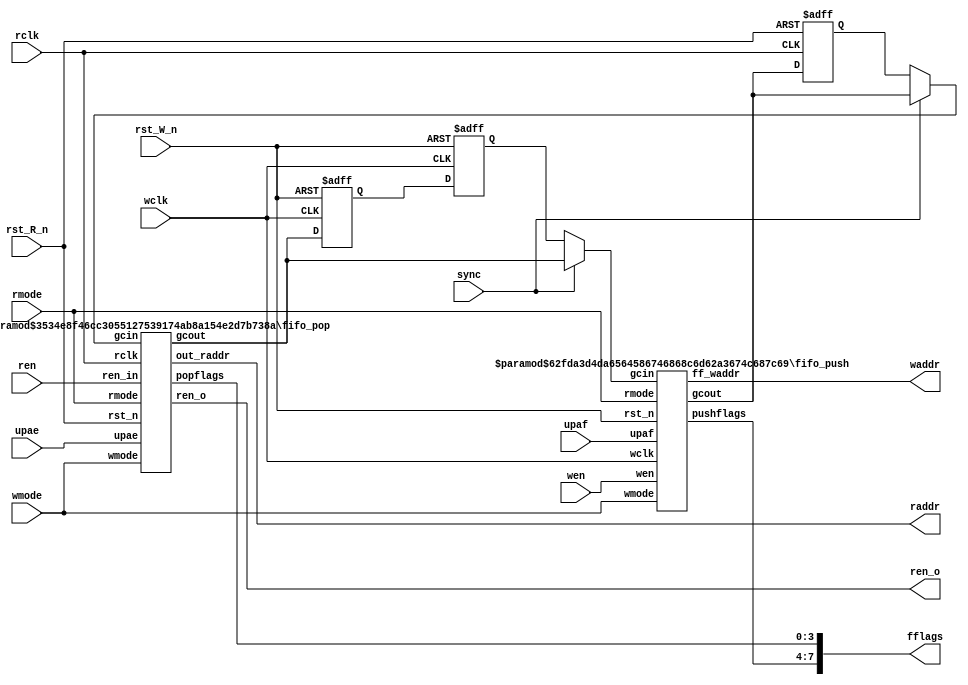
// Copyright 2020-2022 F4PGA Authors
//
// Licensed under the Apache License, Version 2.0 (the "License");
// you may not use this file except in compliance with the License.
// You may obtain a copy of the License at
//
//     http://www.apache.org/licenses/LICENSE-2.0
//
// Unless required by applicable law or agreed to in writing, software
// distributed under the License is distributed on an "AS IS" BASIS,
// WITHOUT WARRANTIES OR CONDITIONS OF ANY KIND, either express or implied.
// See the License for the specific language governing permissions and
// limitations under the License.
//
// SPDX-License-Identifier: Apache-2.0

`default_nettype wire
module fifo_ctl (
	raddr,
	waddr,
	fflags,
	ren_o,
	sync,
	rmode,
	wmode,
	rclk,
	rst_R_n,
	wclk,
	rst_W_n,
	ren,
	wen,
	upaf,
	upae
);
	parameter ADDR_WIDTH = 11;
	parameter FIFO_WIDTH = 3'd2;
	parameter DEPTH = 6;
	output wire [ADDR_WIDTH - 1:0] raddr;
	output wire [ADDR_WIDTH - 1:0] waddr;
	output wire [7:0] fflags;
	output wire ren_o;
	input wire sync;
	input wire [1:0] rmode;
	input wire [1:0] wmode;
	(* clkbuf_sink *)
	input wire rclk;
	input wire rst_R_n;
	(* clkbuf_sink *)
	input wire wclk;
	input wire rst_W_n;
	input wire ren;
	input wire wen;
	input wire [ADDR_WIDTH - 1:0] upaf;
	input wire [ADDR_WIDTH - 1:0] upae;
	localparam ADDR_PLUS_ONE = ADDR_WIDTH + 1;
	reg [ADDR_WIDTH:0] pushtopop1;
	reg [ADDR_WIDTH:0] pushtopop2;
	reg [ADDR_WIDTH:0] poptopush1;
	reg [ADDR_WIDTH:0] poptopush2;
	wire [ADDR_WIDTH:0] pushtopop0;
	wire [ADDR_WIDTH:0] poptopush0;
	wire [ADDR_WIDTH:0] smux_poptopush;
	wire [ADDR_WIDTH:0] smux_pushtopop;
	assign smux_poptopush = (sync ? poptopush0 : poptopush2);
	assign smux_pushtopop = (sync ? pushtopop0 : pushtopop2);
	always @(posedge rclk or negedge rst_R_n)
		if (~rst_R_n) begin
			pushtopop1 <= 'h0;
			pushtopop2 <= 'h0;
		end
		else begin
			pushtopop1 = pushtopop0;
			pushtopop2 = pushtopop1;
		end
	always @(posedge wclk or negedge rst_W_n)
		if (~rst_W_n) begin
			poptopush1 <= 'h0;
			poptopush2 <= 'h0;
		end
		else begin
			poptopush1 <= poptopush0;
			poptopush2 <= poptopush1;
		end
	fifo_push #(
		.ADDR_WIDTH(ADDR_WIDTH),
		.DEPTH(DEPTH)
	) u_fifo_push(
		.wclk(wclk),
		.wen(wen),
		.rst_n(rst_W_n),
		.rmode(rmode),
		.wmode(wmode),
		.gcout(pushtopop0),
		.gcin(smux_poptopush),
		.ff_waddr(waddr),
		.pushflags(fflags[7:4]),
		.upaf(upaf)
	);
	fifo_pop #(
		.ADDR_WIDTH(ADDR_WIDTH),
		.FIFO_WIDTH(FIFO_WIDTH),
		.DEPTH(DEPTH)
	) u_fifo_pop(
		.rclk(rclk),
		.ren_in(ren),
		.rst_n(rst_R_n),
		.rmode(rmode),
		.wmode(wmode),
		.ren_o(ren_o),
		.gcout(poptopush0),
		.gcin(smux_pushtopop),
		.out_raddr(raddr),
		.popflags(fflags[3:0]),
		.upae(upae)
	);
endmodule
module fifo_push (
	pushflags,
	gcout,
	ff_waddr,
	rst_n,
	wclk,
	wen,
	rmode,
	wmode,
	gcin,
	upaf
);
	parameter ADDR_WIDTH = 11;
	parameter DEPTH = 6;
	output wire [3:0] pushflags;
	output wire [ADDR_WIDTH:0] gcout;
	output wire [ADDR_WIDTH - 1:0] ff_waddr;
	input rst_n;
	(* clkbuf_sink *)
	input wclk;
	input wen;
	input [1:0] rmode;
	input [1:0] wmode;
	input [ADDR_WIDTH:0] gcin;
	input [ADDR_WIDTH - 1:0] upaf;
	localparam ADDR_PLUS_ONE = ADDR_WIDTH + 1;
	reg full_next;
	reg full;
	reg paf_next;
	reg paf;
	reg fmo;
	reg fmo_next;
	reg overflow;
	reg p1;
	reg p2;
	reg f1;
	reg f2;
	reg q1;
	reg q2;
	reg [1:0] gmode;
	reg [ADDR_WIDTH:0] waddr;
	reg [ADDR_WIDTH:0] raddr;
	reg [ADDR_WIDTH:0] gcout_reg;
	reg [ADDR_WIDTH:0] gcout_next;
	reg [ADDR_WIDTH:0] raddr_next;
	reg [ADDR_WIDTH - 1:0] paf_thresh;
	wire overflow_next;
	wire [ADDR_WIDTH:0] waddr_next;
	wire [ADDR_WIDTH:0] gc8out_next;
	wire [ADDR_WIDTH - 1:0] gc16out_next;
	wire [ADDR_WIDTH - 2:0] gc32out_next;
	wire [ADDR_WIDTH:0] tmp;
	wire [ADDR_WIDTH:0] next_count;
	wire [ADDR_WIDTH:0] count;
	wire [ADDR_WIDTH:0] fbytes;
	genvar i;
	assign next_count = fbytes - (waddr_next >= raddr_next ? waddr_next - raddr_next : (~raddr_next + waddr_next) + 1);
	assign count = fbytes - (waddr >= raddr ? waddr - raddr : (~raddr + waddr) + 1);
	assign fbytes = 1 << (DEPTH + 5);
	always @(*) begin
		paf_thresh = wmode[1] ? upaf : (wmode[0] ? upaf << 1 : upaf << 2);
	end
	always @(*)
		case (wmode)
			2'h0, 2'h1, 2'h2: begin
				full_next = (wen ? f1 : f2);
				fmo_next = (wen ? p1 : p2);
				paf_next = (wen ? q1 : q2);
			end
			default: begin
				full_next = 1'b0;
				fmo_next = 1'b0;
				paf_next = 1'b0;
			end
		endcase
	always @(*) begin : PUSH_FULL_FLAGS
		f1 = 1'b0;
		f2 = 1'b0;
		p1 = 1'b0;
		p2 = 1'b0;
		q1 = next_count < {1'b0, paf_thresh};
		q2 = count < {1'b0, paf_thresh};
		case (wmode)
			2'h0:
				case (DEPTH)
					3'h6: begin
						f1 = {~waddr_next[11], waddr_next[10:2]} == raddr_next[11:2];
						f2 = {~waddr[11], waddr[10:2]} == raddr_next[11:2];
						p1 = ((waddr_next[10:2] + 1) & 9'h1ff) == raddr_next[10:2];
						p2 = ((waddr[10:2] + 1) & 9'h1ff) == raddr_next[10:2];
					end
					3'h5: begin
						f1 = {~waddr_next[10], waddr_next[9:2]} == raddr_next[10:2];
						f2 = {~waddr[10], waddr[9:2]} == raddr_next[10:2];
						p1 = ((waddr_next[9:2] + 1) & 8'hff) == raddr_next[9:2];
						p2 = ((waddr[9:2] + 1) & 8'hff) == raddr_next[9:2];
					end
					3'h4: begin
						f1 = {~waddr_next[9], waddr_next[8:2]} == raddr_next[9:2];
						f2 = {~waddr[9], waddr[8:2]} == raddr_next[9:2];
						p1 = ((waddr_next[8:2] + 1) & 7'h7f) == raddr_next[8:2];
						p2 = ((waddr[8:2] + 1) & 7'h7f) == raddr_next[8:2];
					end
					3'h3: begin
						f1 = {~waddr_next[8], waddr_next[7:2]} == raddr_next[8:2];
						f2 = {~waddr[8], waddr[7:2]} == raddr_next[8:2];
						p1 = ((waddr_next[7:2] + 1) & 6'h3f) == raddr_next[7:2];
						p2 = ((waddr[7:2] + 1) & 6'h3f) == raddr_next[7:2];
					end
					3'h2: begin
						f1 = {~waddr_next[7], waddr_next[6:2]} == raddr_next[7:2];
						f2 = {~waddr[7], waddr[6:2]} == raddr_next[7:2];
						p1 = ((waddr_next[6:2] + 1) & 5'h1f) == raddr_next[6:2];
						p2 = ((waddr[6:2] + 1) & 5'h1f) == raddr_next[6:2];
					end
					3'h1: begin
						f1 = {~waddr_next[6], waddr_next[5:2]} == raddr_next[6:2];
						f2 = {~waddr[6], waddr[5:2]} == raddr_next[6:2];
						p1 = ((waddr_next[5:2] + 1) & 4'hf) == raddr_next[5:2];
						p2 = ((waddr[5:2] + 1) & 4'hf) == raddr_next[5:2];
					end
					3'h0: begin
						f1 = {~waddr_next[5], waddr_next[4:2]} == raddr_next[5:2];
						f2 = {~waddr[5], waddr[4:2]} == raddr_next[5:2];
						p1 = ((waddr_next[4:2] + 1) & 3'h7) == raddr_next[4:2];
						p2 = ((waddr[4:2] + 1) & 3'h7) == raddr_next[4:2];
					end
					3'h7: begin
						f1 = {~waddr_next[ADDR_WIDTH], waddr_next[ADDR_WIDTH - 1:2]} == raddr_next[ADDR_WIDTH:2];
						f2 = {~waddr[ADDR_WIDTH], waddr[ADDR_WIDTH - 1:2]} == raddr_next[ADDR_WIDTH:2];
						p1 = ((waddr_next[ADDR_WIDTH - 1:2] + 1) & {ADDR_WIDTH - 2 {1'b1}}) == raddr_next[ADDR_WIDTH - 1:2];
						p2 = ((waddr[ADDR_WIDTH - 1:2] + 1) & {ADDR_WIDTH - 2 {1'b1}}) == raddr_next[ADDR_WIDTH - 1:2];
					end
				endcase
			2'h1:
				case (DEPTH)
					3'h6: begin
						f1 = {~waddr_next[11], waddr_next[10:1]} == raddr_next[11:1];
						f2 = {~waddr[11], waddr[10:1]} == raddr_next[11:1];
						p1 = ((waddr_next[10:1] + 1) & 10'h3ff) == raddr_next[10:1];
						p2 = ((waddr[10:1] + 1) & 10'h3ff) == raddr_next[10:1];
					end
					3'h5: begin
						f1 = {~waddr_next[10], waddr_next[9:1]} == raddr_next[10:1];
						f2 = {~waddr[10], waddr[9:1]} == raddr_next[10:1];
						p1 = ((waddr_next[9:1] + 1) & 9'h1ff) == raddr_next[9:1];
						p2 = ((waddr[9:1] + 1) & 9'h1ff) == raddr_next[9:1];
					end
					3'h4: begin
						f1 = {~waddr_next[9], waddr_next[8:1]} == raddr_next[9:1];
						f2 = {~waddr[9], waddr[8:1]} == raddr_next[9:1];
						p1 = ((waddr_next[8:1] + 1) & 8'hff) == raddr_next[8:1];
						p2 = ((waddr[8:1] + 1) & 8'hff) == raddr_next[8:1];
					end
					3'h3: begin
						f1 = {~waddr_next[8], waddr_next[7:1]} == raddr_next[8:1];
						f2 = {~waddr[8], waddr[7:1]} == raddr_next[8:1];
						p1 = ((waddr_next[7:1] + 1) & 7'h7f) == raddr_next[7:1];
						p2 = ((waddr[7:1] + 1) & 7'h7f) == raddr_next[7:1];
					end
					3'h2: begin
						f1 = {~waddr_next[7], waddr_next[6:1]} == raddr_next[7:1];
						f2 = {~waddr[7], waddr[6:1]} == raddr_next[7:1];
						p1 = ((waddr_next[6:1] + 1) & 6'h3f) == raddr_next[6:1];
						p2 = ((waddr[6:1] + 1) & 6'h3f) == raddr_next[6:1];
					end
					3'h1: begin
						f1 = {~waddr_next[6], waddr_next[5:1]} == raddr_next[6:1];
						f2 = {~waddr[6], waddr[5:1]} == raddr_next[6:1];
						p1 = ((waddr_next[5:1] + 1) & 5'h1f) == raddr_next[5:1];
						p2 = ((waddr[5:1] + 1) & 5'h1f) == raddr_next[5:1];
					end
					3'h0: begin
						f1 = {~waddr_next[5], waddr_next[4:1]} == raddr_next[5:1];
						f2 = {~waddr[5], waddr[4:1]} == raddr_next[5:1];
						p1 = ((waddr_next[4:1] + 1) & 4'hf) == raddr_next[4:1];
						p2 = ((waddr[4:1] + 1) & 4'hf) == raddr_next[4:1];
					end
					3'h7: begin
						f1 = {~waddr_next[ADDR_WIDTH], waddr_next[ADDR_WIDTH - 1:1]} == raddr_next[ADDR_WIDTH:1];
						f2 = {~waddr[ADDR_WIDTH], waddr[ADDR_WIDTH - 1:1]} == raddr_next[ADDR_WIDTH:1];
						p1 = ((waddr_next[ADDR_WIDTH - 1:1] + 1) & {ADDR_WIDTH - 1 {1'b1}}) == raddr_next[ADDR_WIDTH - 1:1];
						p2 = ((waddr[ADDR_WIDTH - 1:1] + 1) & {ADDR_WIDTH - 1 {1'b1}}) == raddr_next[ADDR_WIDTH - 1:1];
					end
				endcase
			2'h2:
				case (DEPTH)
					3'h6: begin
						f1 = {~waddr_next[11], waddr_next[10:0]} == raddr_next[11:0];
						f2 = {~waddr[11], waddr[10:0]} == raddr_next[11:0];
						p1 = ((waddr_next[10:0] + 1) & 11'h7ff) == raddr_next[10:0];
						p2 = ((waddr[10:0] + 1) & 11'h7ff) == raddr_next[10:0];
					end
					3'h5: begin
						f1 = {~waddr_next[10], waddr_next[9:0]} == raddr_next[10:0];
						f2 = {~waddr[10], waddr[9:0]} == raddr_next[10:0];
						p1 = ((waddr_next[9:0] + 1) & 10'h3ff) == raddr_next[9:0];
						p2 = ((waddr[9:0] + 1) & 10'h3ff) == raddr_next[9:0];
					end
					3'h4: begin
						f1 = {~waddr_next[9], waddr_next[8:0]} == raddr_next[9:0];
						f2 = {~waddr[9], waddr[8:0]} == raddr_next[9:0];
						p1 = ((waddr_next[8:0] + 1) & 9'h1ff) == raddr_next[8:0];
						p2 = ((waddr[8:0] + 1) & 9'h1ff) == raddr_next[8:0];
					end
					3'h3: begin
						f1 = {~waddr_next[8], waddr_next[7:0]} == raddr_next[8:0];
						f2 = {~waddr[8], waddr[7:0]} == raddr_next[8:0];
						p1 = ((waddr_next[7:0] + 1) & 8'hff) == raddr_next[7:0];
						p2 = ((waddr[7:0] + 1) & 8'hff) == raddr_next[7:0];
					end
					3'h2: begin
						f1 = {~waddr_next[7], waddr_next[6:0]} == raddr_next[7:0];
						f2 = {~waddr[7], waddr[6:0]} == raddr_next[7:0];
						p1 = ((waddr_next[6:0] + 1) & 7'h7f) == raddr_next[6:0];
						p2 = ((waddr[6:0] + 1) & 7'h7f) == raddr_next[6:0];
					end
					3'h1: begin
						f1 = {~waddr_next[6], waddr_next[5:0]} == raddr_next[6:0];
						f2 = {~waddr[6], waddr[5:0]} == raddr_next[6:0];
						p1 = ((waddr_next[5:0] + 1) & 6'h3f) == raddr_next[5:0];
						p2 = ((waddr[5:0] + 1) & 6'h3f) == raddr_next[5:0];
					end
					3'h0: begin
						f1 = {~waddr_next[5], waddr_next[4:0]} == raddr_next[5:0];
						f2 = {~waddr[5], waddr[4:0]} == raddr_next[5:0];
						p1 = ((waddr_next[4:0] + 1) & 5'h1f) == raddr_next[4:0];
						p2 = ((waddr[4:0] + 1) & 5'h1f) == raddr_next[4:0];
					end
					3'h7: begin
						f1 = {~waddr_next[ADDR_WIDTH], waddr_next[ADDR_WIDTH - 1:0]} == raddr_next[ADDR_WIDTH:0];
						f2 = {~waddr[ADDR_WIDTH], waddr[ADDR_WIDTH - 1:0]} == raddr_next[ADDR_WIDTH:0];
						p1 = ((waddr_next[ADDR_WIDTH - 1:0] + 1) & {ADDR_WIDTH {1'b1}}) == raddr_next[ADDR_WIDTH - 1:0];
						p2 = ((waddr[ADDR_WIDTH - 1:0] + 1) & {ADDR_WIDTH {1'b1}}) == raddr_next[ADDR_WIDTH - 1:0];
					end
				endcase
			2'h3: begin
				f1 = 1'b0;
				f2 = 1'b0;
				p1 = 1'b0;
				p2 = 1'b0;
			end
		endcase
	end
	always @(*)
		case (wmode)
			2'h0: gmode = 2'h0;
			2'h1: gmode = (rmode == 2'h0 ? 2'h0 : 2'h1);
			2'h2: gmode = (rmode == 2'h2 ? 2'h2 : rmode);
			2'h3: gmode = 2'h3;
		endcase
	assign gc8out_next = (waddr_next >> 1) ^ waddr_next;
	assign gc16out_next = (waddr_next >> 2) ^ (waddr_next >> 1);
	assign gc32out_next = (waddr_next >> 3) ^ (waddr_next >> 2);
	always @(*)
		if (wen)
			case (gmode)
				2'h2: gcout_next = gc8out_next;
				2'h1: gcout_next = {1'b0, gc16out_next};
				2'h0: gcout_next = {2'b00, gc32out_next};
				default: gcout_next = {ADDR_PLUS_ONE {1'b0}};
			endcase
		else
			gcout_next = {ADDR_PLUS_ONE {1'b0}};
	always @(posedge wclk or negedge rst_n)
		if (~rst_n) begin
			full <= 1'b0;
			fmo <= 1'b0;
			paf <= 1'b0;
			raddr <= {ADDR_PLUS_ONE {1'b0}};
		end
		else begin
			full <= full_next;
			fmo <= fmo_next;
			paf <= paf_next;
			case (gmode)
				0: raddr <= raddr_next & {{ADDR_WIDTH - 1 {1'b1}}, 2'b00};
				1: raddr <= raddr_next & {{ADDR_WIDTH {1'b1}}, 1'b0};
				2: raddr <= raddr_next & {ADDR_WIDTH + 1 {1'b1}};
				3: raddr <= 12'h000;
			endcase
		end
	assign overflow_next = full & wen;
	always @(posedge wclk or negedge rst_n)
		if (~rst_n)
			overflow <= 1'b0;
		else if (wen == 1'b1)
			overflow <= overflow_next;
	always @(posedge wclk or negedge rst_n)
		if (~rst_n) begin
			waddr <= {ADDR_WIDTH + 1 {1'b0}};
			gcout_reg <= {ADDR_WIDTH + 1 {1'b0}};
		end
		else if (wen == 1'b1) begin
			waddr <= waddr_next;
			gcout_reg <= gcout_next;
		end
	assign gcout = gcout_reg;
	generate
		for (i = 0; i < (ADDR_WIDTH + 1); i = i + 1) begin : genblk1
			assign tmp[i] = ^(gcin >> i);
		end
	endgenerate
	always @(*)
		case (gmode)
			2'h0: raddr_next = {tmp[ADDR_WIDTH - 2:0], 2'b00} & {{ADDR_WIDTH - 1 {1'b1}}, 2'b00};
			2'h1: raddr_next = {tmp[ADDR_WIDTH - 1:0], 1'b0} & {{ADDR_WIDTH {1'b1}}, 1'b0};
			2'h2: raddr_next = {tmp[ADDR_WIDTH:0]} & {ADDR_WIDTH + 1 {1'b1}};
			default: raddr_next = {ADDR_WIDTH + 1 {1'b0}};
		endcase
	assign ff_waddr = waddr[ADDR_WIDTH - 1:0];
	assign pushflags = {full, fmo, paf, overflow};
	assign waddr_next = waddr + (wmode == 2'h0 ? 'h4 : (wmode == 2'h1 ? 'h2 : 'h1));
endmodule
module fifo_pop (
	ren_o,
	popflags,
	out_raddr,
	gcout,
	rst_n,
	rclk,
	ren_in,
	rmode,
	wmode,
	gcin,
	upae
);
	parameter ADDR_WIDTH = 11;
	parameter FIFO_WIDTH = 3'd2;
	parameter DEPTH = 6;
	output wire ren_o;
	output wire [3:0] popflags;
	output reg [ADDR_WIDTH - 1:0] out_raddr;
	output wire [ADDR_WIDTH:0] gcout;
	input rst_n;
	(* clkbuf_sink *)
	input rclk;
	input ren_in;
	input [1:0] rmode;
	input [1:0] wmode;
	input [ADDR_WIDTH:0] gcin;
	input [ADDR_WIDTH - 1:0] upae;
	localparam ADDR_PLUS_ONE = ADDR_WIDTH + 1;
	reg empty;
	reg epo;
	reg pae;
	reg underflow;
	reg e1;
	reg e2;
	reg o1;
	reg o2;
	reg q1;
	reg q2;
	reg [1:0] bwl_sel;
	reg [1:0] gmode;
	reg [ADDR_WIDTH - 1:0] ff_raddr;
	reg [ADDR_WIDTH:0] waddr;
	reg [ADDR_WIDTH:0] raddr;
	reg [ADDR_WIDTH:0] gcout_reg;
	reg [ADDR_WIDTH:0] gcout_next;
	reg [ADDR_WIDTH:0] waddr_next;
	reg [ADDR_WIDTH - 1:0] pae_thresh;
	wire ren_out;
	wire empty_next;
	wire pae_next;
	wire epo_next;
	wire [ADDR_WIDTH - 2:0] gc32out_next;
	wire [ADDR_WIDTH - 1:0] gc16out_next;
	wire [ADDR_WIDTH:0] gc8out_next;
	wire [ADDR_WIDTH:0] raddr_next;
	wire [ADDR_WIDTH - 1:0] ff_raddr_next;
	wire [ADDR_WIDTH:0] tmp;
	wire [ADDR_PLUS_ONE:0] next_count;
	wire [ADDR_PLUS_ONE:0] count;
	wire [ADDR_PLUS_ONE:0] fbytes;
	genvar i;
	assign next_count = waddr - raddr_next;
	assign count = waddr - raddr;
	assign fbytes = 1 << (DEPTH + 5);
	always @(*) pae_thresh = rmode[1] ? upae : (rmode[0] ? upae << 1 : upae << 2);
	assign ren_out = (empty ? 1'b1 : ren_in);
	always @(*)
		case (rmode)
			2'h0: gmode = 2'h0;
			2'h1: gmode = (wmode == 2'h0 ? 2'h0 : 2'h1);
			2'h2: gmode = (wmode == 2'h2 ? 2'h2 : wmode);
			2'h3: gmode = 2'h3;
		endcase
	always @(*) begin
		e1 = 1'b0;
		e2 = 1'b0;
		o1 = 1'b0;
		o2 = 1'b0;
		q1 = next_count < {1'b0, pae_thresh};
		q2 = count < {1'b0, pae_thresh};
		case (rmode)
			2'h0: begin
				e1 = raddr_next[ADDR_WIDTH:2] == waddr_next[ADDR_WIDTH:2];
				e2 = raddr[ADDR_WIDTH:2] == waddr_next[ADDR_WIDTH:2];
				o1 = (raddr_next[ADDR_WIDTH:2] + 1) == waddr_next[ADDR_WIDTH:2];
				o2 = (raddr[ADDR_WIDTH:2] + 1) == waddr_next[ADDR_WIDTH:2];
			end
			2'h1: begin
				e1 = raddr_next[ADDR_WIDTH:1] == waddr_next[ADDR_WIDTH:1];
				e2 = raddr[ADDR_WIDTH:1] == waddr_next[ADDR_WIDTH:1];
				o1 = (raddr_next[ADDR_WIDTH:1] + 1) == waddr_next[ADDR_WIDTH:1];
				o2 = (raddr[ADDR_WIDTH:1] + 1) == waddr_next[ADDR_WIDTH:1];
			end
			2'h2: begin
				e1 = raddr_next[ADDR_WIDTH:0] == waddr_next[ADDR_WIDTH:0];
				e2 = raddr[ADDR_WIDTH:0] == waddr_next[ADDR_WIDTH:0];
				o1 = (raddr_next[ADDR_WIDTH:0] + 1) == waddr_next[ADDR_WIDTH:0];
				o2 = (raddr[ADDR_WIDTH:0] + 1) == waddr_next[11:0];
			end
			2'h3: begin
				e1 = 1'b0;
				e2 = 1'b0;
				o1 = 1'b0;
				o2 = 1'b0;
			end
		endcase
	end
	assign empty_next = (ren_in & !empty ? e1 : e2);
	assign epo_next = (ren_in & !empty ? o1 : o2);
	assign pae_next = (ren_in & !empty ? q1 : q2);
	always @(posedge rclk or negedge rst_n)
		if (~rst_n) begin
			empty <= 1'b1;
			pae <= 1'b1;
			epo <= 1'b0;
		end
		else begin
			empty <= empty_next;
			pae <= pae_next;
			epo <= epo_next;
		end
	assign gc8out_next = (raddr_next >> 1) ^ raddr_next;
	assign gc16out_next = (raddr_next >> 2) ^ (raddr_next >> 1);
	assign gc32out_next = (raddr_next >> 3) ^ (raddr_next >> 2);
	always @(*)
		if (ren_in)
			case (gmode)
				2'h2: gcout_next = gc8out_next;
				2'h1: gcout_next = {1'b0, gc16out_next};
				2'h0: gcout_next = {2'b00, gc32out_next};
				default: gcout_next = 'h0;
			endcase
		else
			gcout_next = 'h0;
	always @(posedge rclk or negedge rst_n)
		if (~rst_n)
			waddr <= 12'h000;
		else
			waddr <= waddr_next;
	always @(posedge rclk or negedge rst_n)
		if (~rst_n) begin
			underflow <= 1'b0;
			bwl_sel <= 2'h0;
			gcout_reg <= 12'h000;
		end
		else if (ren_in) begin
			underflow <= empty;
			if (!empty) begin
				bwl_sel <= raddr_next[1:0];
				gcout_reg <= gcout_next;
			end
		end
	generate
		for (i = 0; i < (ADDR_WIDTH + 1); i = i + 1) begin : genblk1
			assign tmp[i] = ^(gcin >> i);
		end
	endgenerate
	always @(*)
		case (gmode)
			2'h0: waddr_next = {tmp[ADDR_WIDTH - 2:0], 2'b00} & {{ADDR_WIDTH - 1 {1'b1}}, 2'b00};
			2'h1: waddr_next = {tmp[ADDR_WIDTH - 1:0], 1'b0} & {{ADDR_WIDTH {1'b1}}, 1'b0};
			2'h2: waddr_next = {tmp[ADDR_WIDTH:0]} & {ADDR_PLUS_ONE {1'b1}};
			default: waddr_next = {ADDR_PLUS_ONE {1'b0}};
		endcase
	assign ff_raddr_next = ff_raddr + (rmode == 2'h0 ? 'h4 : (rmode == 2'h1 ? 'h2 : 'h1));
	assign raddr_next = raddr + (rmode == 2'h0 ? 'h4 : (rmode == 2'h1 ? 'h2 : 'h1));
	always @(posedge rclk or negedge rst_n)
		if (~rst_n)
			ff_raddr <= 1'sb0;
		else if (empty & ~empty_next)
			ff_raddr <= raddr_next[ADDR_WIDTH - 1:0];
		else if ((ren_in & !empty) & ~empty_next)
			ff_raddr <= ff_raddr_next;
	always @(posedge rclk or negedge rst_n)
		if (~rst_n)
			raddr <= 12'h000;
		else if (ren_in & !empty)
			raddr <= raddr_next;
	always @(*)
		case (FIFO_WIDTH)
			3'h2: out_raddr = {ff_raddr[ADDR_WIDTH - 1:1], bwl_sel[0]};
			3'h4: out_raddr = {ff_raddr[ADDR_WIDTH - 1:2], bwl_sel};
			default: out_raddr = ff_raddr[ADDR_WIDTH - 1:0];
		endcase
	assign ren_o = ren_out;
	assign gcout = gcout_reg;
	assign popflags = {empty, epo, pae, underflow};
endmodule
`default_nettype none